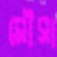
মৌসা